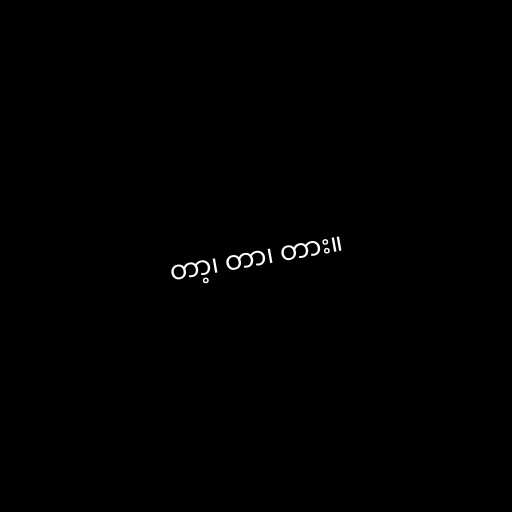
တာ့၊ တာ၊ တား။